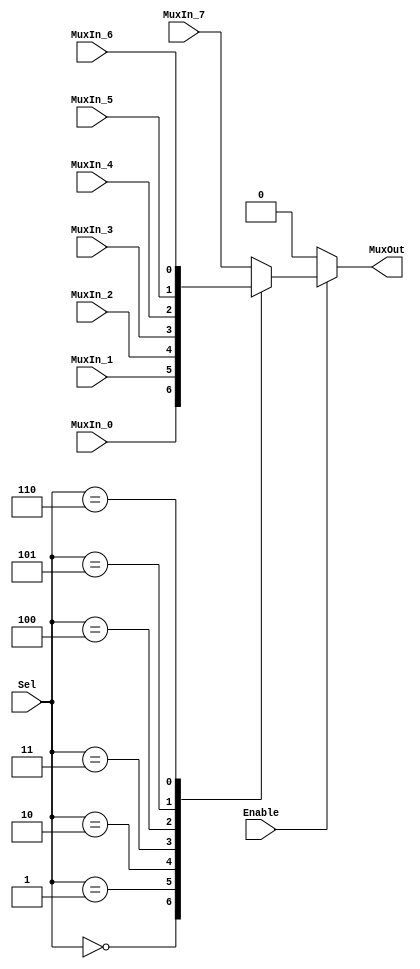
/******************************************************************************
 ** Logisim goes FPGA automatic generated Verilog code                       **
 **                                                                          **
 ** Component : Multiplexer_bus_8                                            **
 **                                                                          **
 ******************************************************************************/

module Multiplexer_bus_8( Enable,
                          MuxIn_0,
                          MuxIn_1,
                          MuxIn_2,
                          MuxIn_3,
                          MuxIn_4,
                          MuxIn_5,
                          MuxIn_6,
                          MuxIn_7,
                          Sel,
                          MuxOut);

   /***************************************************************************
    ** Here all module parameters are defined with a dummy value             **
    ***************************************************************************/
   parameter NrOfBits = 1;


   /***************************************************************************
    ** Here the inputs are defined                                           **
    ***************************************************************************/
   input  Enable;
   input[NrOfBits-1:0]  MuxIn_0;
   input[NrOfBits-1:0]  MuxIn_1;
   input[NrOfBits-1:0]  MuxIn_2;
   input[NrOfBits-1:0]  MuxIn_3;
   input[NrOfBits-1:0]  MuxIn_4;
   input[NrOfBits-1:0]  MuxIn_5;
   input[NrOfBits-1:0]  MuxIn_6;
   input[NrOfBits-1:0]  MuxIn_7;
   input[2:0]  Sel;

   /***************************************************************************
    ** Here the outputs are defined                                          **
    ***************************************************************************/
   output[NrOfBits-1:0] MuxOut;

   /***************************************************************************
    ** Here the internal registers are defined                               **
    ***************************************************************************/
   reg[NrOfBits-1:0] s_selected_vector;

   assign MuxOut = s_selected_vector;

   always @(*)
   begin
      if (~Enable) s_selected_vector <= 0;
      else case (Sel)
         3'b000:
            s_selected_vector <= MuxIn_0;
         3'b001:
            s_selected_vector <= MuxIn_1;
         3'b010:
            s_selected_vector <= MuxIn_2;
         3'b011:
            s_selected_vector <= MuxIn_3;
         3'b100:
            s_selected_vector <= MuxIn_4;
         3'b101:
            s_selected_vector <= MuxIn_5;
         3'b110:
            s_selected_vector <= MuxIn_6;
         default:
            s_selected_vector <= MuxIn_7;
      endcase
   end

endmodule